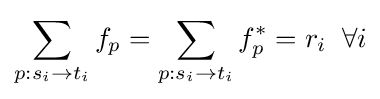
\sum _{p:s_{i}\rightarrow t_{i}}f_{p}=\sum _{p:s_{i}\rightarrow t_{i}}f_{p}^{*}=r_{i}\;\;\forall i